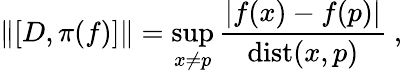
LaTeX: \| [D,\pi(f)]\| =\operatorname*{sup}_{x\neq p}\frac{|f(x)-f(p)|}{\mathrm{dist}(x,p)}~,